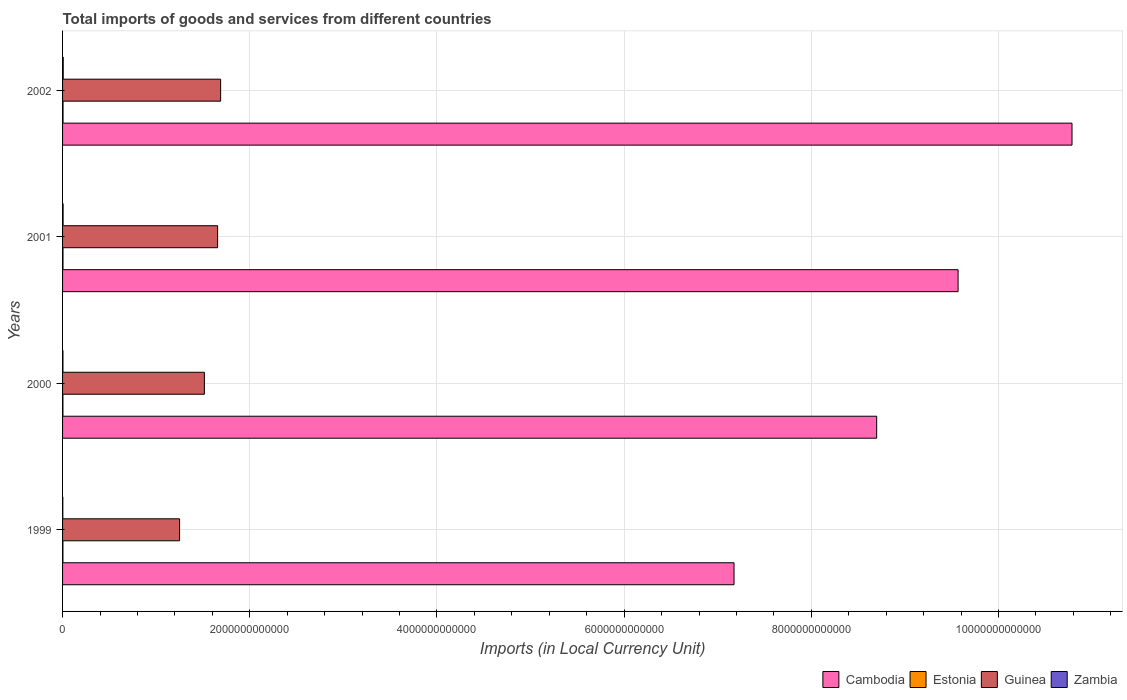
| Years | Cambodia | Estonia | Guinea | Zambia |
 | --- | --- | --- | --- | --- |
 | 1999 | 7.17e+12 | 4.01e+09 | 1.25e+12 | 2.82e+09 |
 | 2000 | 8.7e+12 | 4e+09 | 1.52e+12 | 4.08e+09 |
 | 2001 | 9.57e+12 | 4.56e+09 | 1.66e+12 | 5.85e+09 |
 | 2002 | 1.08e+13 | 5.11e+09 | 1.69e+12 | 6.97e+09 |